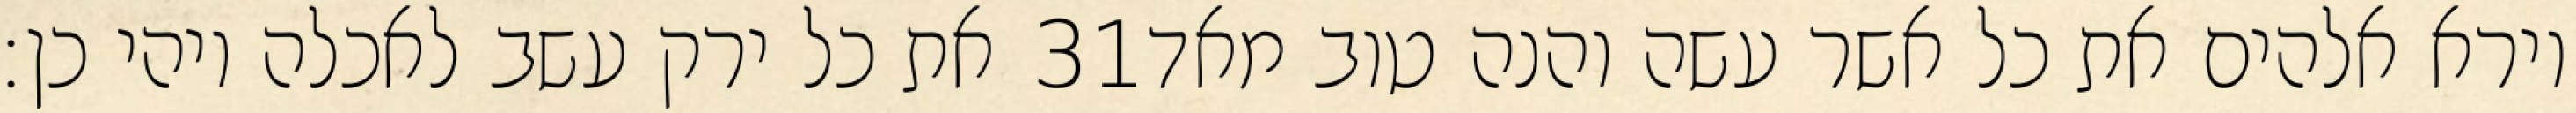
את כל ירק עשב לאכלה ויהי כן׃ ‎31‏ וירא אלהים את כל אשר עשה והנה טוב מאד